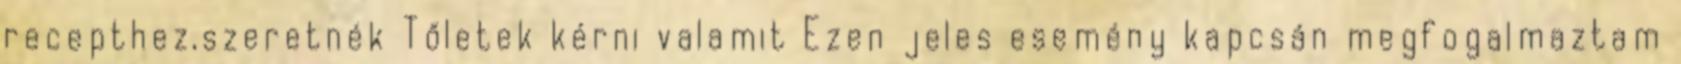
recepthez,szeretnék Tőletek kérni valamit Ezen jeles esemény kapcsán megfogalmaztam